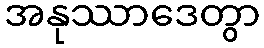
အနုဿာဒေတွာ